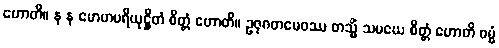
ဟောတိ။ န န မောဟပရိယုဋ္ဌိတံ စိတ္တံ ဟောတိ။ ဥဇုဂတမေဝဿ တသ္မိံ သမယေ စိတ္တံ ဟောတိ ဓမ္မံ